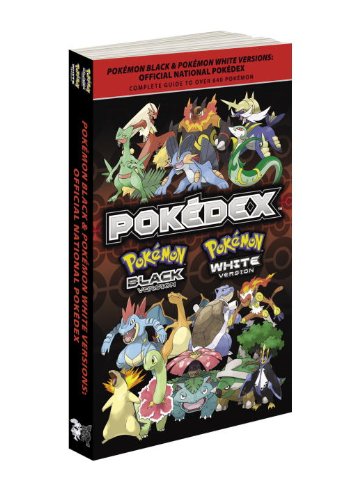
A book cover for PokÃ©mon Black & PokÃ©mon White Versions: Official National PokÃ©dex: The Official PokÃ©mon Strategy Guide; The PokÃ©mon Company Intl.; Computers & Technology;